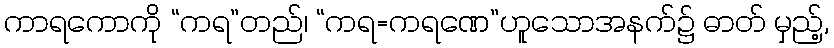
ကာရကောကို “ကရ”တည်၊ “ကရ=ကရဏေ”ဟူသောအနက်၌ ဓာတ် မှည့်,